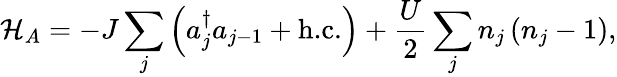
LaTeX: {\mathcal{H}}_{A}=-J\sum_{j}\left({a}_{j}^{\dagger}{a}_{j-1}+\textrm{h.c.}\right)+\frac{U}{2}\sum_{j}{n}_{j}\left({n}_{j}-1\right),